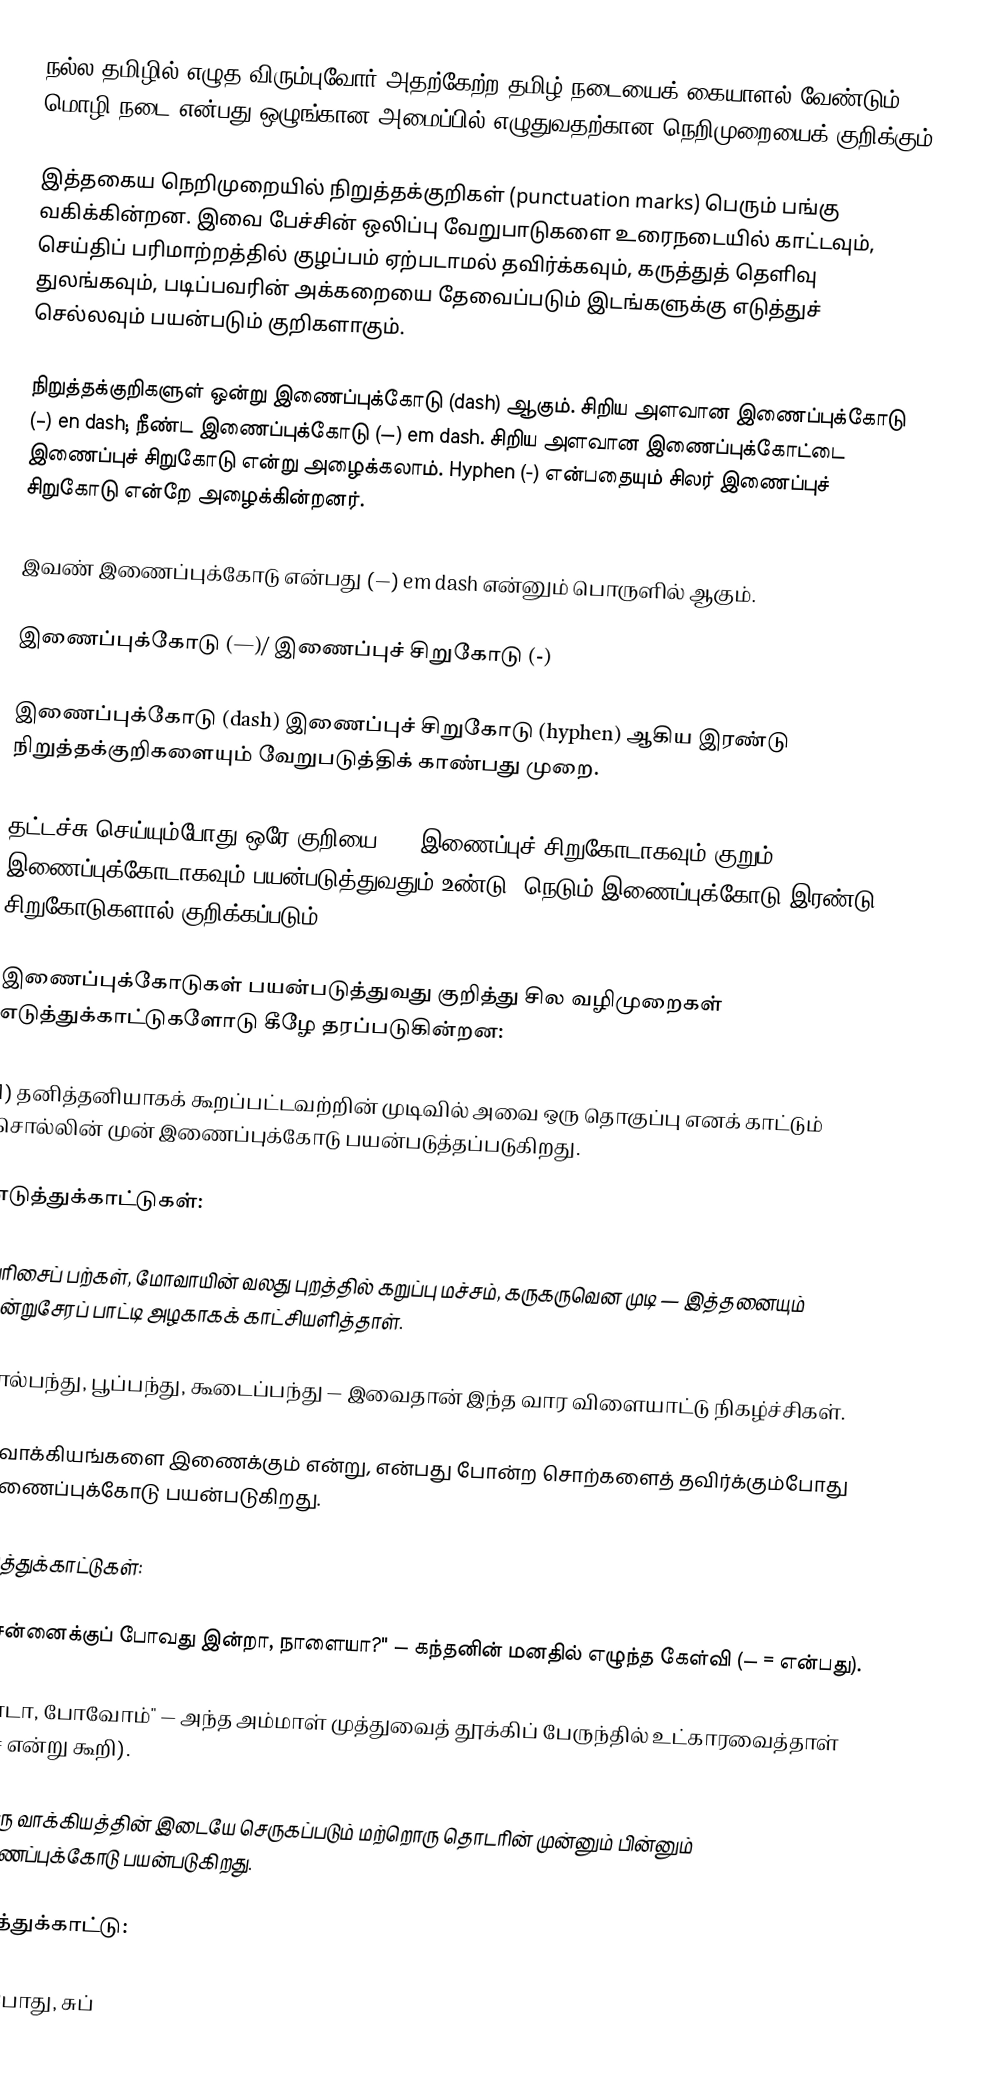
நல்ல தமிழில் எழுத விரும்புவோர் அதற்கேற்ற தமிழ் நடையைக் கையாளல் வேண்டும். மொழி நடை என்பது ஒழுங்கான அமைப்பில் எழுதுவதற்கான நெறிமுறையைக் குறிக்கும்.

இத்தகைய நெறிமுறையில் நிறுத்தக்குறிகள் (punctuation marks) பெரும் பங்கு வகிக்கின்றன. இவை பேச்சின் ஒலிப்பு வேறுபாடுகளை உரைநடையில் காட்டவும், செய்திப் பரிமாற்றத்தில் குழப்பம் ஏற்படாமல் தவிர்க்கவும், கருத்துத் தெளிவு துலங்கவும், படிப்பவரின் அக்கறையை தேவைப்படும் இடங்களுக்கு எடுத்துச் செல்லவும் பயன்படும் குறிகளாகும்.

நிறுத்தக்குறிகளுள் ஒன்று இணைப்புக்கோடு (dash) ஆகும். சிறிய அளவான இணைப்புக்கோடு (–) en dash; நீண்ட இணைப்புக்கோடு (—) em dash. சிறிய அளவான இணைப்புக்கோட்டை இணைப்புச் சிறுகோடு என்று அழைக்கலாம். Hyphen (-) என்பதையும் சிலர் இணைப்புச் சிறுகோடு என்றே அழைக்கின்றனர்.

இவண் இணைப்புக்கோடு என்பது (—) em dash என்னும் பொருளில் ஆகும்.

இணைப்புக்கோடு (—)/ இணைப்புச் சிறுகோடு (-)

இணைப்புக்கோடு (dash) இணைப்புச் சிறுகோடு (hyphen) ஆகிய இரண்டு நிறுத்தக்குறிகளையும் வேறுபடுத்திக் காண்பது முறை.

தட்டச்சு செய்யும்போது ஒரே குறியை (-) இணைப்புச் சிறுகோடாகவும் குறும் இணைப்புக்கோடாகவும் பயன்படுத்துவதும் உண்டு. நெடும் இணைப்புக்கோடு இரண்டு சிறுகோடுகளால் குறிக்கப்படும் (--).

இணைப்புக்கோடுகள் பயன்படுத்துவது குறித்து சில வழிமுறைகள் எடுத்துக்காட்டுகளோடு கீழே தரப்படுகின்றன:

1) தனித்தனியாகக் கூறப்பட்டவற்றின் முடிவில் அவை ஒரு தொகுப்பு எனக் காட்டும் சொல்லின் முன் இணைப்புக்கோடு பயன்படுத்தப்படுகிறது.

எடுத்துக்காட்டுகள்:

வரிசைப் பற்கள், மோவாயின் வலது புறத்தில் கறுப்பு மச்சம், கருகருவென முடி — இத்தனையும் ஒன்றுசேரப் பாட்டி அழகாகக் காட்சியளித்தாள்.

கால்பந்து, பூப்பந்து, கூடைப்பந்து — இவைதான் இந்த வார விளையாட்டு நிகழ்ச்சிகள்.

2) வாக்கியங்களை இணைக்கும் என்று, என்பது போன்ற சொற்களைத் தவிர்க்கும்போது இணைப்புக்கோடு பயன்படுகிறது.

எடுத்துக்காட்டுகள்:

"சென்னைக்குப் போவது இன்றா, நாளையா?" — கந்தனின் மனதில் எழுந்த கேள்வி (— = என்பது).

"வாடா, போவோம்" — அந்த அம்மாள் முத்துவைத் தூக்கிப் பேருந்தில் உட்காரவைத்தாள் (— = என்று கூறி).

3) ஒரு வாக்கியத்தின் இடையே செருகப்படும் மற்றொரு தொடரின் முன்னும் பின்னும் இணைப்புக்கோடு பயன்படுகிறது.

எடுத்துக்காட்டு:

அப்போது, சுப்